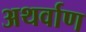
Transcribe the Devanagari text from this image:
अथर्वाण